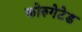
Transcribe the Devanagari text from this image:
कोरुगेटेड